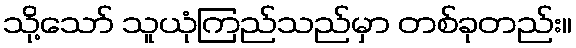
သို့သော် သူယုံကြည်သည်မှာ တစ်ခုတည်း။